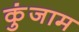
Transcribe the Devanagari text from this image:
कुंजाम